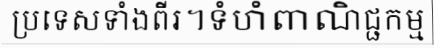
ប្រទេសទាំងពីរ។ទំហំពាណិជ្ជកម្ម